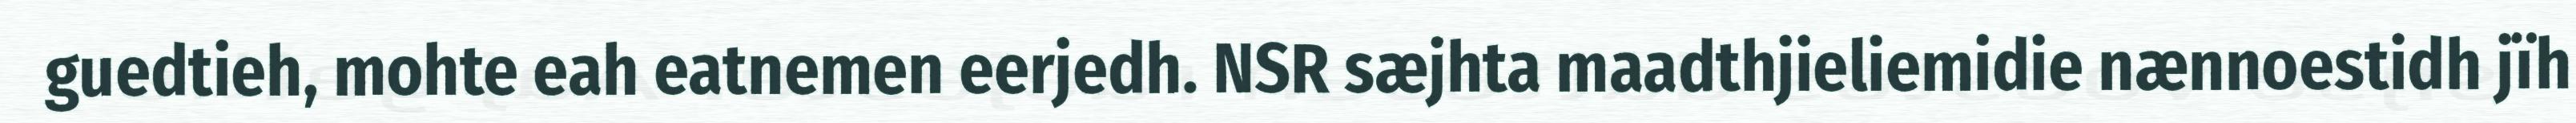
guedtieh, mohte eah eatnemen eerjedh. NSR sæjhta maadthjieliemidie nænnoestidh jïh